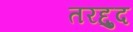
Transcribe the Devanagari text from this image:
तरद्दुद